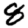
Digit: 8